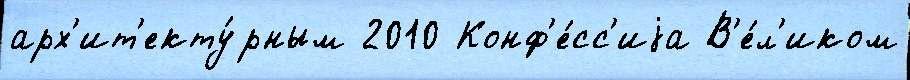
арх'ит'екту́рным 2010 Конф'е́сс'иjа В'е́л'иком